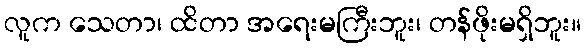
လူက သေတာ၊ ထိတာ အရေးမကြီးဘူး၊ တန်ဖိုးမရှိဘူး။